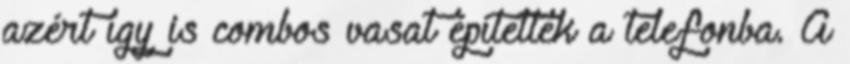
azért így is combos vasat építettek a telefonba. A